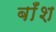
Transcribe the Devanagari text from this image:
बाँश